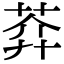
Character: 𦲈